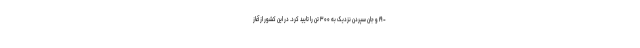
- ۱۹ و جان سپردن نزدیک به ۳۰۰ تن را تایید کرد. در این کشور از آغاز